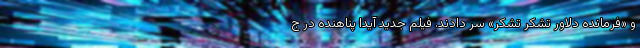
و «فرمانده دلاور تشکر تشکر» سر دادند. فیلم جدید آیدا پناهنده در ج